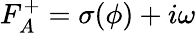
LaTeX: F_{A}^{+}=\sigma(\phi)+i\omega